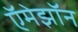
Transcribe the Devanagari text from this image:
ऍमेझॉन